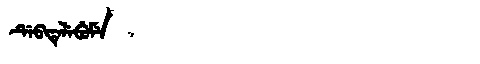
Manchu: ᡩᡝᠪᡨᡝᠯᡝᠪᡠᠮᡝ
Romanization: DEBTELEBUME